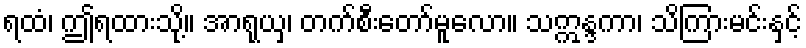
ရထံ၊ ဤရထားသို့။ အာရုယှ၊ တက်စီးတော်မူလော။ သဣန္ဒကာ၊ သိကြားမင်းနှင့်